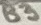
Text: B3